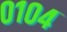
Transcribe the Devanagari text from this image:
०१०४